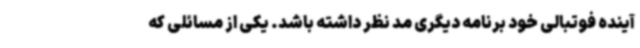
آینده فوتبالی خود برنامه دیگری مد نظر داشته باشد. یکی از مسائلی که